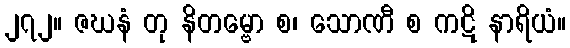
၂၇၂။ ဇဃနံ တု နိတမ္ဗော စ၊ သောဏီ စ ကဋိ နာရိယံ။